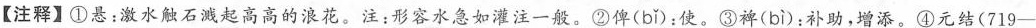
【注释】①悬：激水触石溅起高高的浪花。注：形容水急如灌注一般。②俾( bǐ )：使。③裨( bì )：补助，增添。④元结(719-